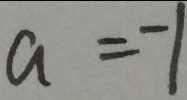
a = - 1